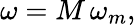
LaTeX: \omega=M\, \omega_{m},